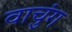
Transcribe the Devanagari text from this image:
वाचुंग